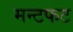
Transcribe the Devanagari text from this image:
मन्टफट